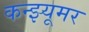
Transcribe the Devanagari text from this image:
कन्झ्यूमर